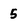
Character: 5